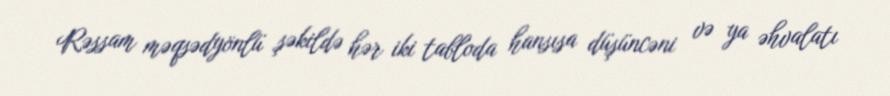
Rəssam məqsədyönlü şəkildə hər iki tabloda hansısa düşüncəni və ya əhvalatı